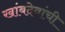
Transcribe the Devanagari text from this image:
खांबदेवांची